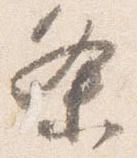
条